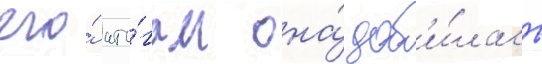
его́ ито́гам она́ доб'и́лась